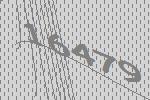
16479